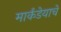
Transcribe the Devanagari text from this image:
मार्कंडेयाचे